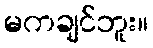
မကချင်ဘူး။